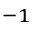
^ { - 1 }